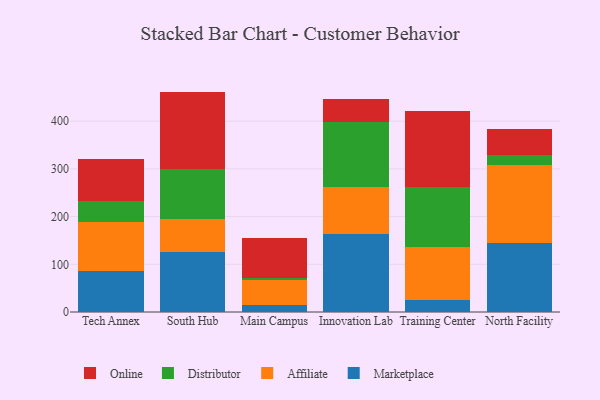
{"axis": {"x": "Campus", "y": "Temperature (°C)"}, "legend": ["Affiliate", "Distributor", "Marketplace", "Online"], "data": [{"x": "Tech Annex", "y": 86.2, "type": "Marketplace"}, {"x": "Tech Annex", "y": 103.2, "type": "Affiliate"}, {"x": "Tech Annex", "y": 44.1, "type": "Distributor"}, {"x": "Tech Annex", "y": 87.3, "type": "Online"}, {"x": "South Hub", "y": 126.8, "type": "Marketplace"}, {"x": "South Hub", "y": 67.9, "type": "Affiliate"}, {"x": "South Hub", "y": 105.3, "type": "Distributor"}, {"x": "South Hub", "y": 162.1, "type": "Online"}, {"x": "Main Campus", "y": 14.1, "type": "Marketplace"}, {"x": "Main Campus", "y": 52.6, "type": "Affiliate"}, {"x": "Main Campus", "y": 5.4, "type": "Distributor"}, {"x": "Main Campus", "y": 83.4, "type": "Online"}, {"x": "Innovation Lab", "y": 163.1, "type": "Marketplace"}, {"x": "Innovation Lab", "y": 99.0, "type": "Affiliate"}, {"x": "Innovation Lab", "y": 135.6, "type": "Distributor"}, {"x": "Innovation Lab", "y": 49.4, "type": "Online"}, {"x": "Training Center", "y": 25.6, "type": "Marketplace"}, {"x": "Training Center", "y": 110.9, "type": "Affiliate"}, {"x": "Training Center", "y": 125.2, "type": "Distributor"}, {"x": "Training Center", "y": 160.1, "type": "Online"}, {"x": "North Facility", "y": 145.5, "type": "Marketplace"}, {"x": "North Facility", "y": 163.6, "type": "Affiliate"}, {"x": "North Facility", "y": 21.1, "type": "Distributor"}, {"x": "North Facility", "y": 53.9, "type": "Online"}]}